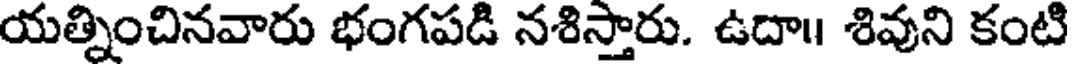
యత్నించినవారు భంగపడి నశిస్తారు. ఉదా॥ శివుని కంటి